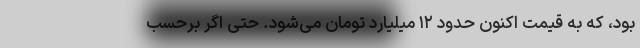
بود، که به قیمت اکنون حدود ۱۲ میلیارد تومان می‌شود. حتی اگر برحسب